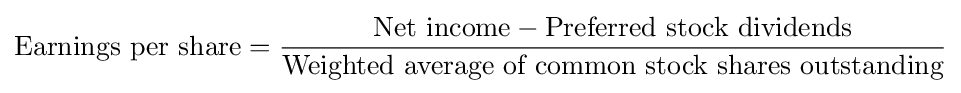
{\text{Earnings per share}}={\frac {{\text{Net income}}-{\text{Preferred stock dividends}}}{\text{Weighted average of common stock shares outstanding}}}